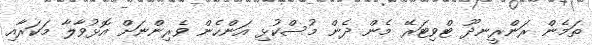
ތަމެން ރަންރީނދޫ ޓްވިޓަރޭ މެން ދެން މުސްކުޅި އަންހެން ވެރިންނަށް އޮޅުވާލާ މަކަރާއި